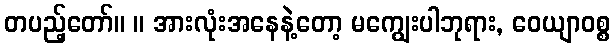
တပည့်တော်။ ။ အားလုံးအနေနဲ့တော့ မကျွေးပါဘုရား, ဝေယျာဝစ္စ